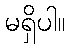
မရှိပါ။